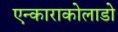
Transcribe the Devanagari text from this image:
एन्काराकोलाडो